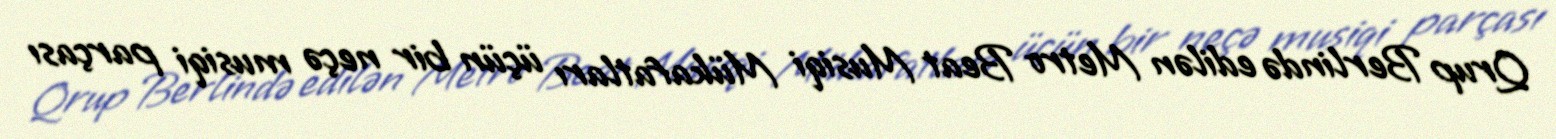
Qrup Berlində edilən Metro Beat Musiqi Mükafatları üçün bir neçə musiqi parçası